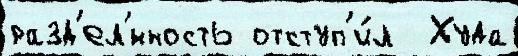
разд'ел'́нность отступ'и́л  Худа